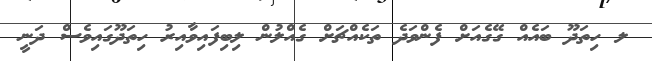
ލ ހިތަދޫ ބައެއް ގޭގެއަށް ފެންވަދެ ތަކެއްޗަށް ގެއްލުން ލިބިފައިވާއިރު ހިތަދޫގައިވެސް ދަނީ